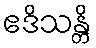
ဧဒိသန္တိ